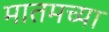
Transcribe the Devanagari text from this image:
मातमच्या